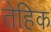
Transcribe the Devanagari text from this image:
तेहिक